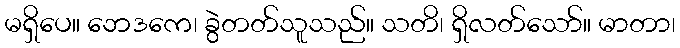
မရှိပေ။ ဘေဒကေ၊ ခွဲတတ်သူသည်။ သတိ၊ ရှိလတ်သော်။ မာတာ၊